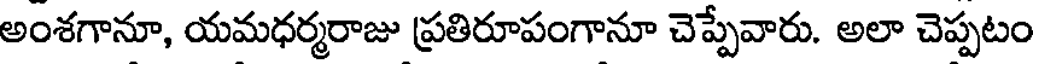
అంశగానూ, యమధర్మరాజు ప్రతిరూపంగానూ చెప్పేవారు. అలా చెప్పటం